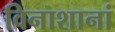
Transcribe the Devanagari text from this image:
विनाशानां